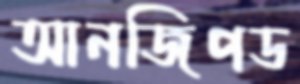
আনজিপড